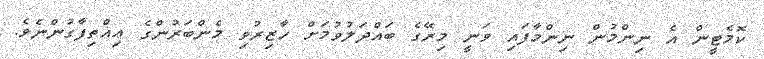
ކޮމެޓީން އެ ނިންމުން ނިންމާފައި ވަނީ މިރޭގެ ބައްދަލުވުމަށް ހާޒިރުވި މެންބަރުންގެ ޢިއްތިފާގުންނެވެ.